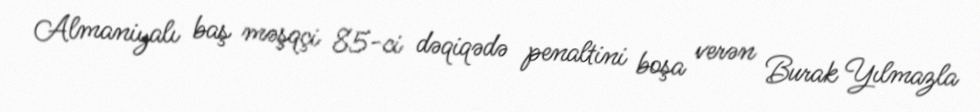
Almaniyalı baş məşqçi 85-ci dəqiqədə penaltini boşa verən Burak Yılmazla